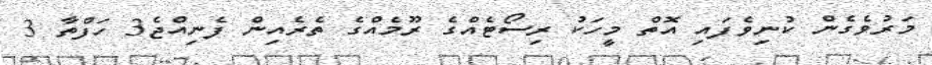
މަރުވެގެން ކުނިވެފައި އޮތް މީހަކު ރިސޯޓެއްގެ ރޫމެއްގެ ތެރެއިން ފެނިއްޖެ3 ހަފްތާ 3